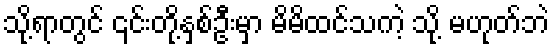
သို့ရာတွင် ၎င်းတို့နှစ်ဦးမှာ မိမိထင်သကဲ့ သို့ မဟုတ်ဘဲ